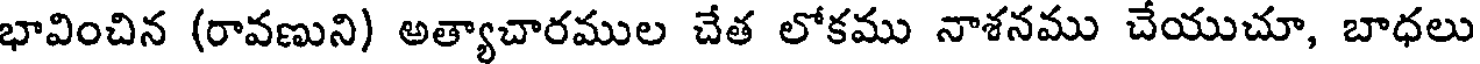
భావించిన (రావణుని) అత్యాచారముల చేత లోకము నాశనము చేయుచూ, బాధలు